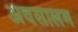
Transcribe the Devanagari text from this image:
अवसालम